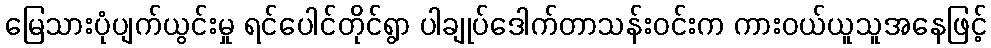
မြေသားပုံပျက်ယွင်းမှု ရင်ပေါင်တိုင်ရွာ ပါချုပ်ဒေါက်တာသန်းဝင်းက ကားဝယ်ယူသူအနေဖြင့်